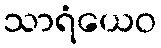
သာရံယေဝ